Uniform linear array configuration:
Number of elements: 32
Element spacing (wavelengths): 0.75
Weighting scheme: exponential
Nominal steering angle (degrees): -30
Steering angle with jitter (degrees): -29.722
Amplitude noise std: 0.05
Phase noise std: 0.05

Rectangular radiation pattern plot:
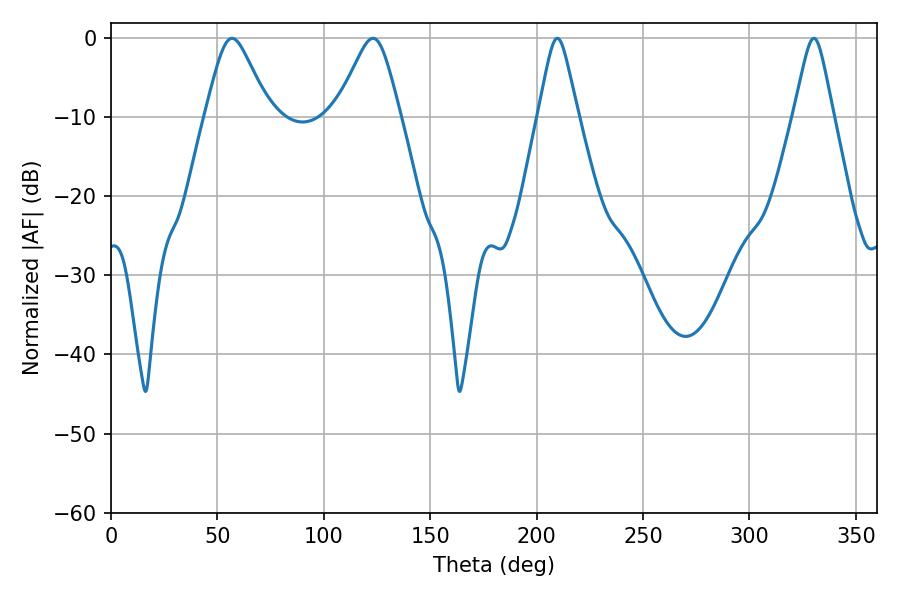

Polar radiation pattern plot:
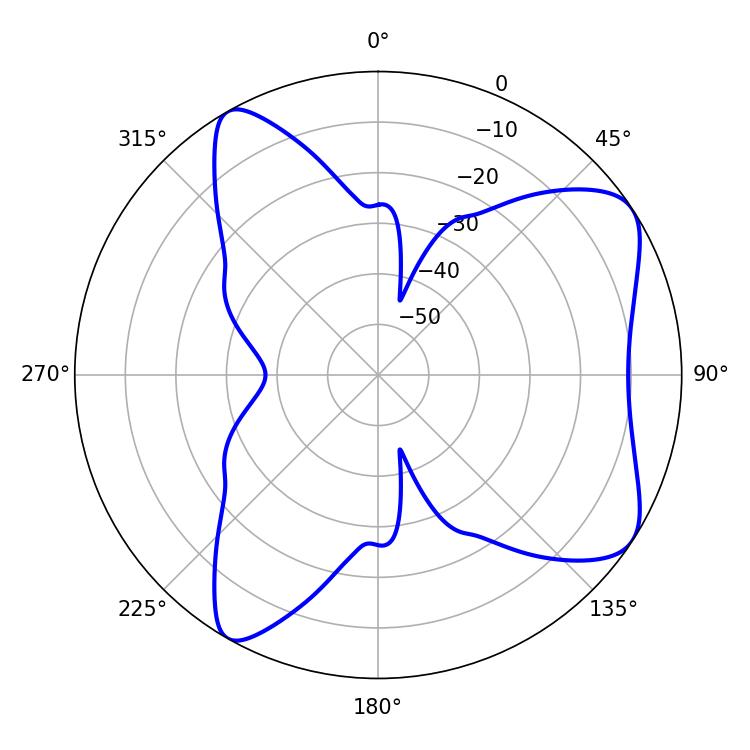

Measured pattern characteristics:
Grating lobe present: TRUE
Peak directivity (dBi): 7.457
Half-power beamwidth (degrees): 14.4
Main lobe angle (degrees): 56.88